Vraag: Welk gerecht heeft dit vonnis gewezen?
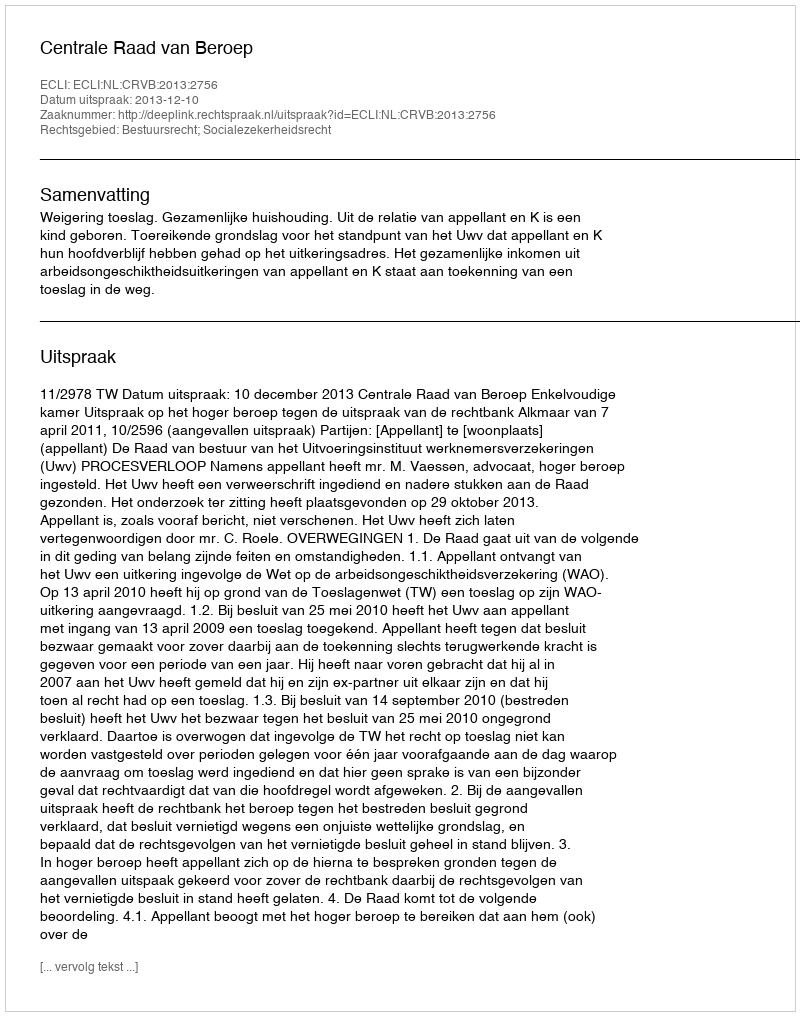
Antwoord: Centrale Raad van Beroep